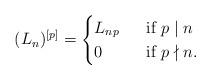
LaTeX: \begin{align*}(L_{n})^{[p]}=\begin{cases}L_{np}& \ \ \mbox{if }p\mid n\\0& \ \ \mbox{if }p\nmid n.\end{cases}\end{align*}